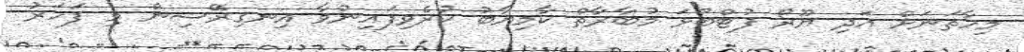
މިހާތަނަށް އަދި ޔޫރޯ ފުޓްބޯޅަ މުބާރާތް ކާމިޔާބު ކުރެވިފައިނުވާ އިނގިރޭސިން މި ފަހަރު